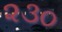
૨૩૦